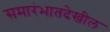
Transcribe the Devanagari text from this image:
समारंभातदेखील